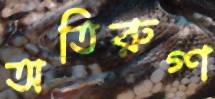
অতিরুগ্ণ